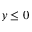
y \le 0